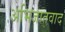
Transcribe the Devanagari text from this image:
अभिजातवाद